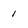
Character: 1